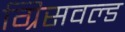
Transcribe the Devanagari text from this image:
ग्रिसवल्ड